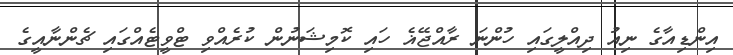
އިންޑިއާގެ ނިއު ދިއްލީގައި ހުންނަ ރާއްޖޭޣެ ހައި ކޮމިޝަނުން ކުރެއްވި ޓްވީޓެއްގައި ޗެންނާއީގެ